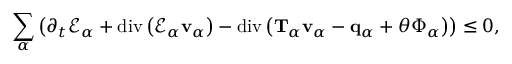
\begin{array} { r } { \displaystyle \sum _ { \alpha } \left( \partial _ { t } \mathscr { E } _ { \alpha } + \mathrm { d i v } \left( \mathscr { E } _ { \alpha } \mathbf { v } _ { \alpha } \right) - \mathrm { d i v } \left( \mathbf { T } _ { \alpha } \mathbf { v } _ { \alpha } - \mathbf { q } _ { \alpha } + \theta \boldsymbol { \Phi } _ { \alpha } \right) \right) \leq 0 , } \end{array}